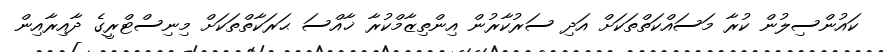
ކައުންސިލުން ކުރާ މަސައްކަތްތަކަށް އަދި ސަރުކާރުން އިންތިޒާމްކުރާ ޚާއްސަ ޙަރަކާތްތަކަށް މިނިސްޓްރީގެ ދާއިރާއިން